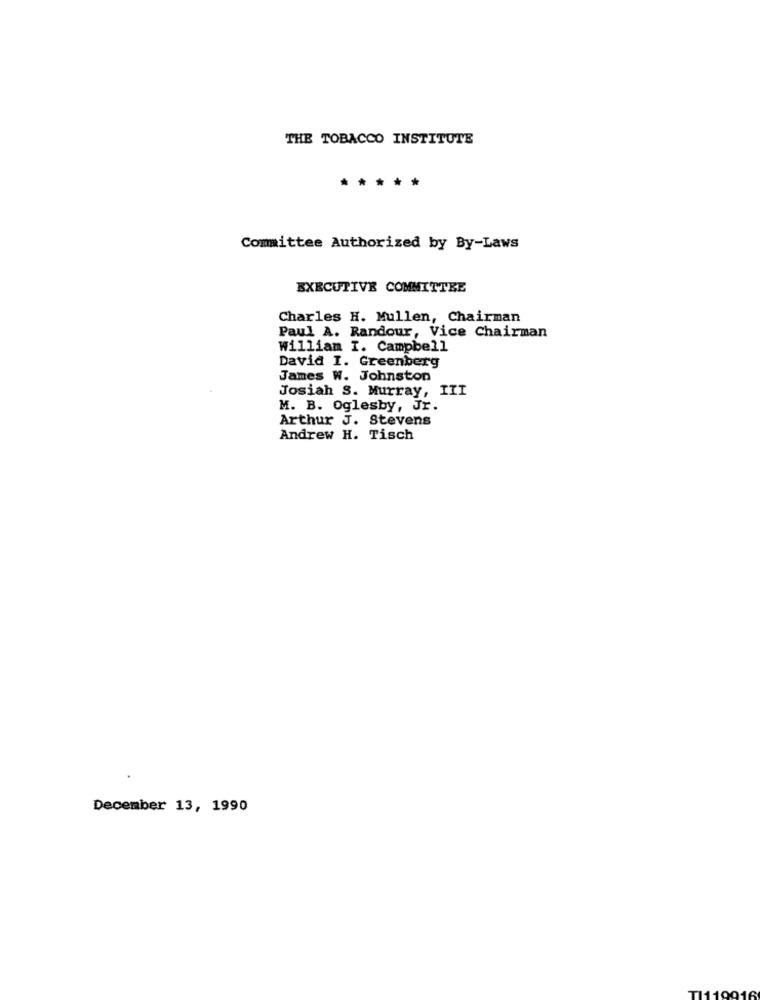
THE TOBACCO INSTITUTE
*****
Committee Authorized by By-Laws
EXECUTIVE COMMITTEE
Charles H. Mullen, Chairman
Paul A. Randour, Vice Chairman
William I. Campbell
David I. Greenberg
James W. Johnston
Josiah S. Murray, III
M. B. Oglesby, Jr.
Arthur J. Stevens
Andrew H. Tisch
December 13, 1990